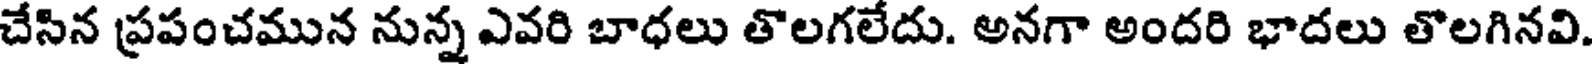
చేసిన ప్రపంచమున నున్న ఎవరి బాధలు తొలగలేదు. అనగా అందరి భాదలు తొలగినవి.